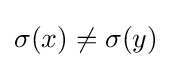
\sigma (x)\neq \sigma (y)